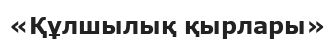
«Құлшылық қырлары»